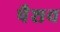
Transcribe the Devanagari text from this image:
षैशव